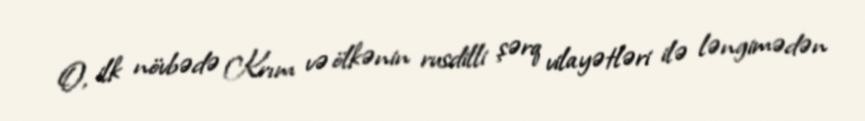
O, ilk növbədə Krım və ölkənin rusdilli şərq vilayətləri ilə ləngimədən